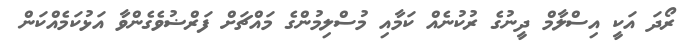
ރޯދަ އަކީ އިސްލާމް ދީނުގެ ރުކުނެއް ކަމާއި މުސްލިމުންގެ މައްޗަށް ފަރްޟުވެގެންވާ އަޅުކަމެއްކަން